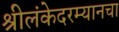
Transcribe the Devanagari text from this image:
श्रीलंकेदरम्यानचा